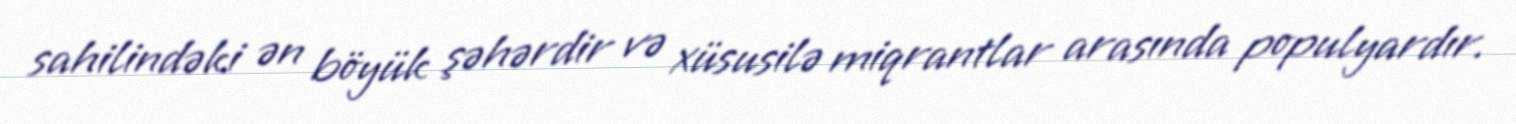
sahilindəki ən böyük şəhərdir və xüsusilə miqrantlar arasında populyardır.